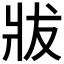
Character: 𤕳